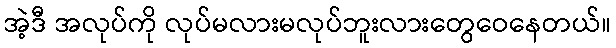
အဲ့ဒီ အလုပ်ကို လုပ်မလားမလုပ်ဘူးလားတွေဝေနေတယ်။